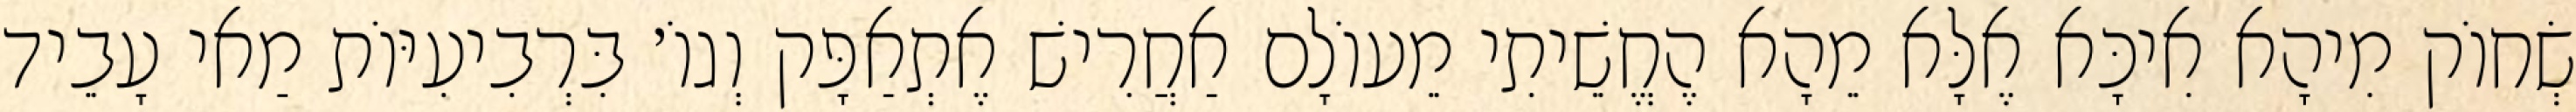
שְׂחוֹק מִיהָא אִיכָּא אֶלָּא מֵהָא הֶחֱשֵׁיתִי מֵעוֹלָם אַחֲרִישׁ אֶתְאַפָּק וְגוֹ׳ בִּרְבִיעִיּוֹת מַאי עָבֵיד